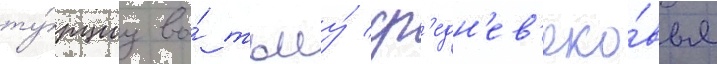
ту́рциу во́ тьму́ ср'едн'ев'еко́вья